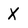
Character: X